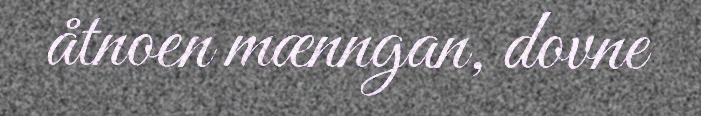
åtnoen mænngan, dovne